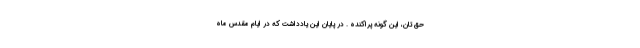
حقّ تان، این گونه پراکنده . در پایان این یادداشت که در ایام مقدس ماه